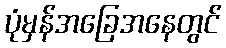
ပုံမှန်အခြေအနေတွင်